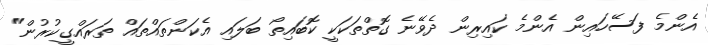
އެންމެ ފަސޭހައިން އެންމެ ކައިރިން ދެވޭނެ ގޮތްތަކަކީ ކޮބައިތޯ ބަލައި އެކަންތައްތައް ތަރައްގީކުރުން"